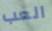
العب